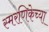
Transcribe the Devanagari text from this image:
स्मरणिकेच्या